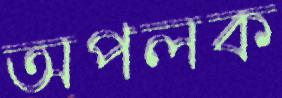
অপলক